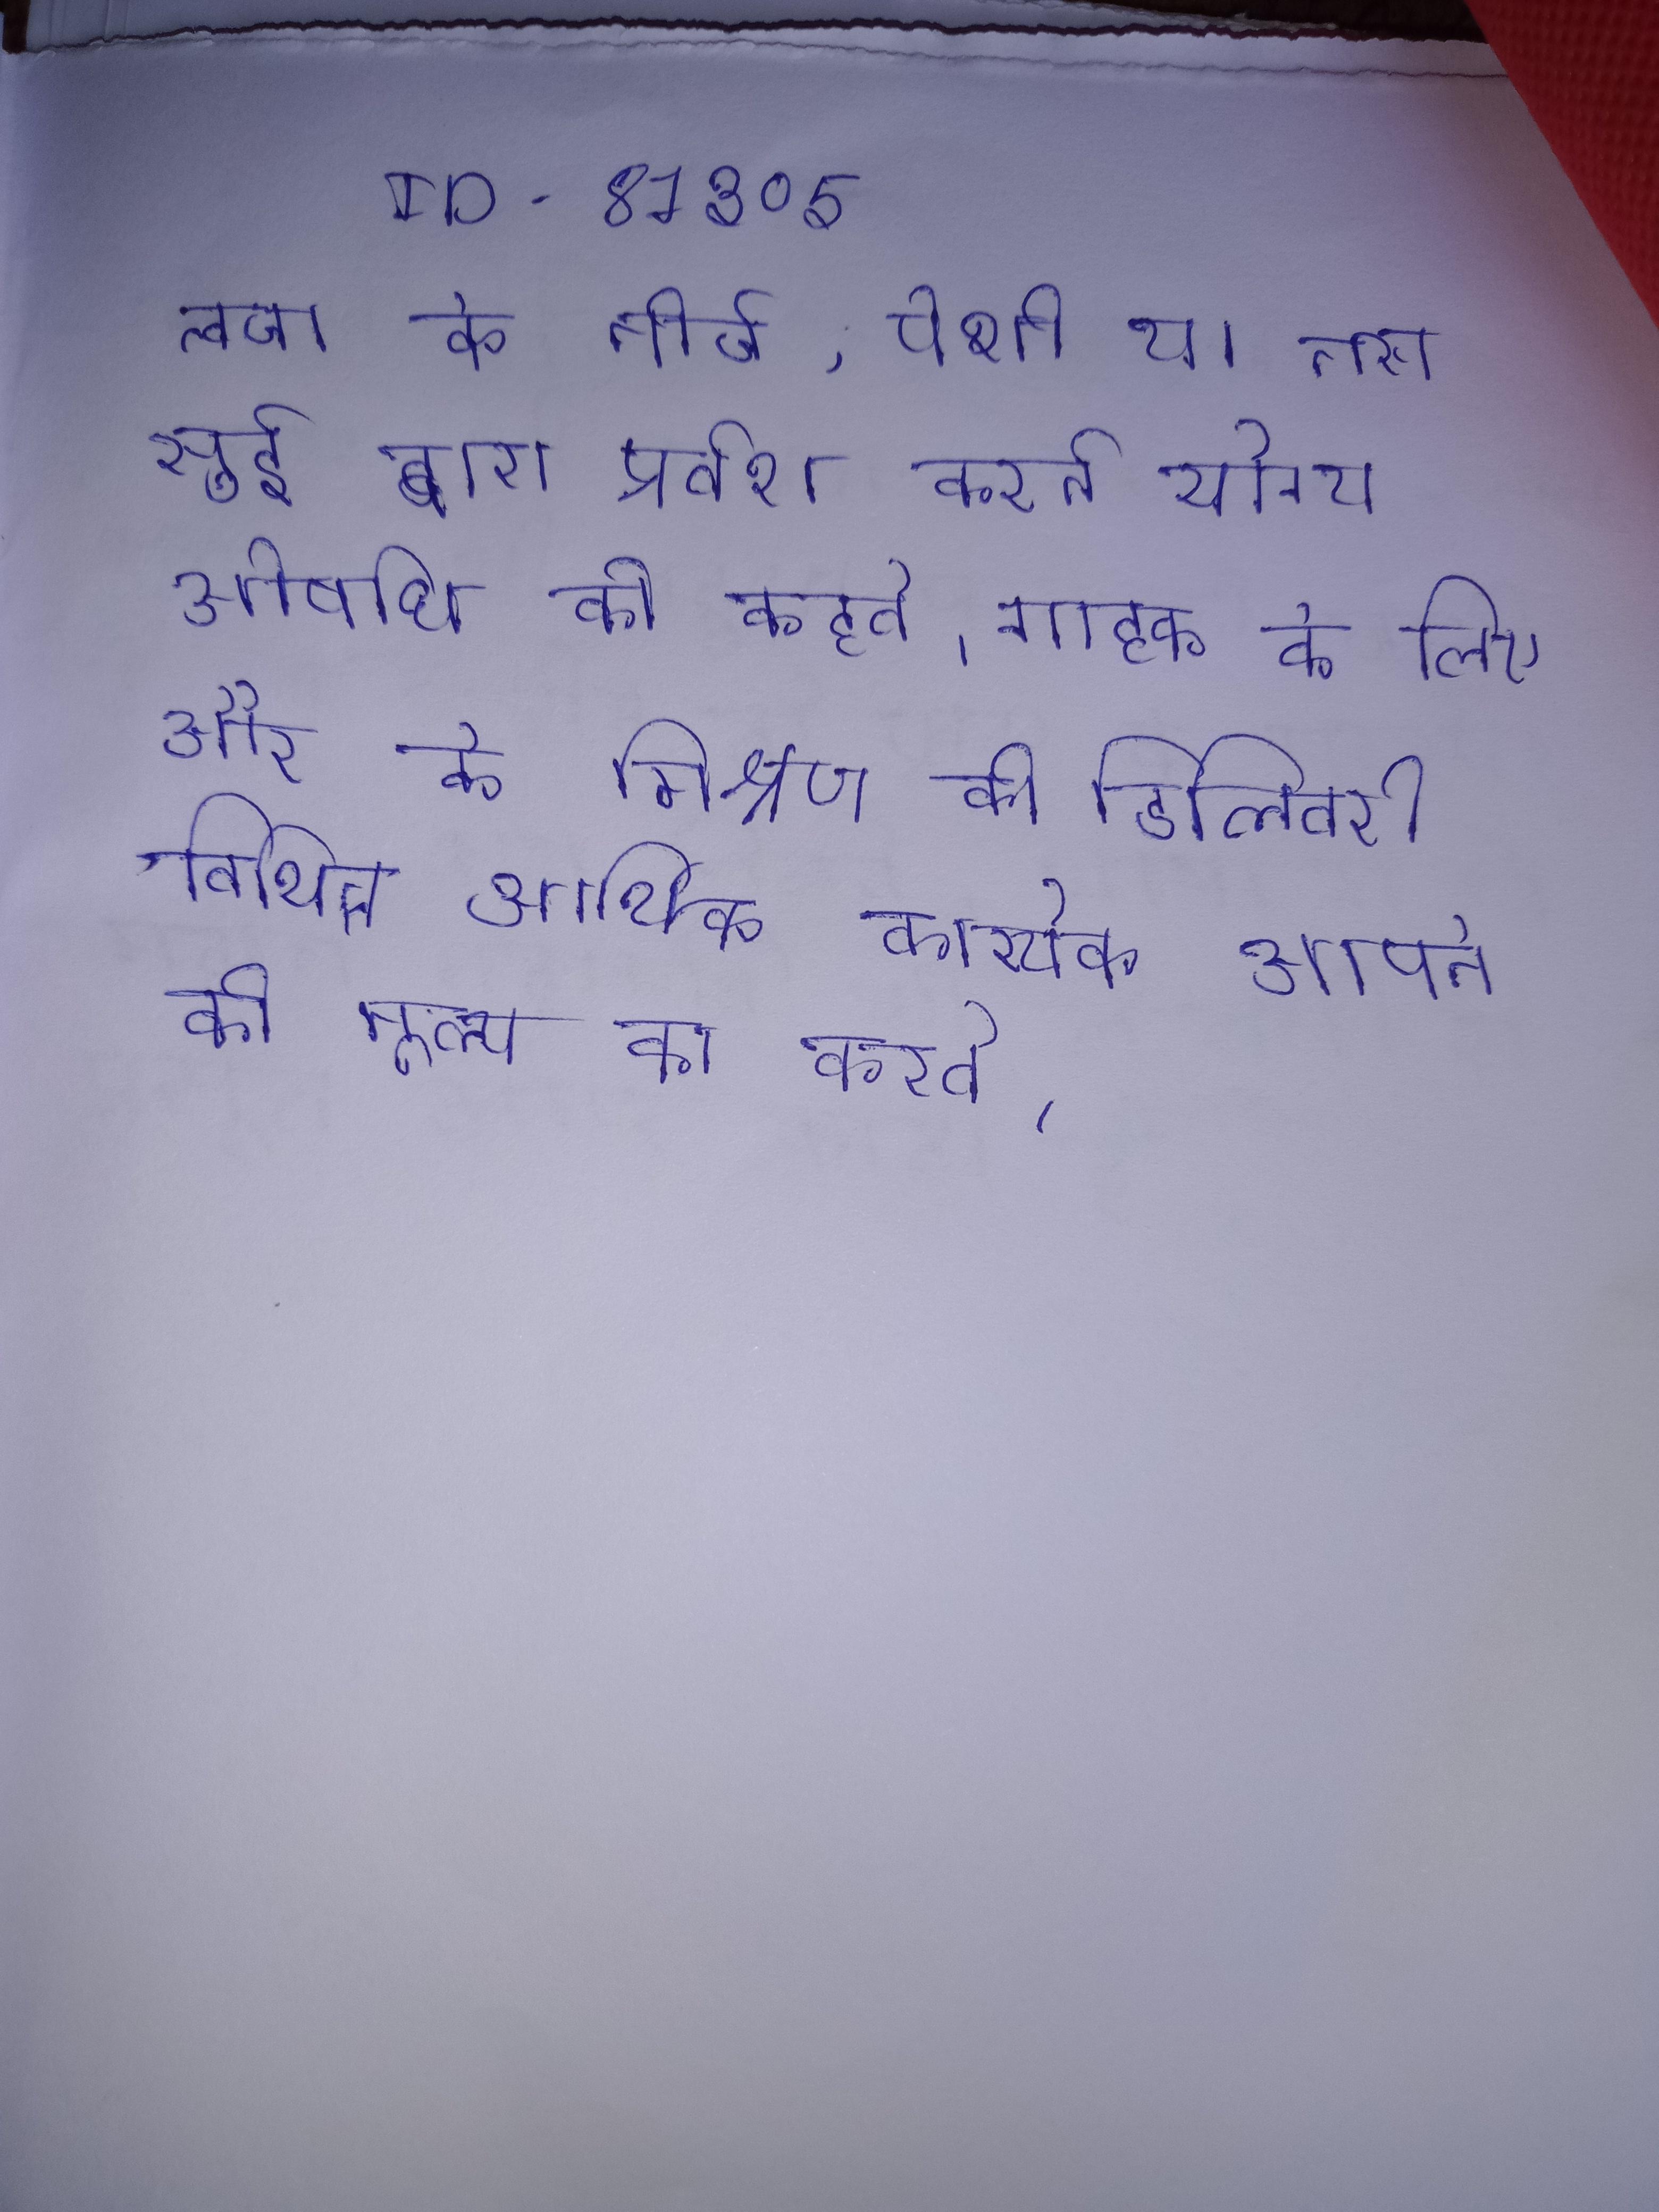
त्वचा के नीचे, पेशी या नस सुई द्वारा प्रवेश करने योग्य ओषधि को कहते । गोगो के अड्डे होता है, राम के साथ स्थिति को करने की कोशिश करते । ग्राहक के लिए और के मिश्रण की डिलिवरी विभिन्न आर्थिक कारक तैयार कर देगी, प्रत्येक अपने की मूल्य का करते ।